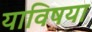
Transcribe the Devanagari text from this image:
याविषया